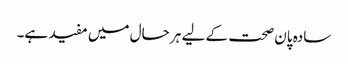
سادہ پان صحت کے لیے ہر حال میں مفید ہے۔